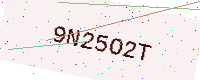
Text: 9N25O2T